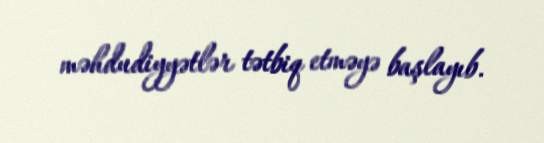
məhdudiyyətlər tətbiq etməyə başlayıb.